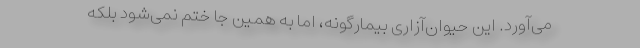
می‌آورد. این حیوان‌آزاری بیمارگونه، اما به همین جا ختم نمی‌شود بلکه